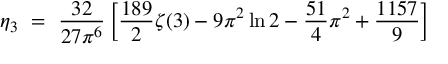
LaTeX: \eta _ { 3 } ~ = ~ \frac { 3 2 } { 2 7 \pi ^ { 6 } } \left[ \frac { 1 8 9 } { 2 } \zeta ( 3 ) - 9 \pi ^ { 2 } \ln 2 - \frac { 5 1 } { 4 } \pi ^ { 2 } + \frac { 1 1 5 7 } { 9 } \right]